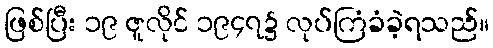
ဖြစ်ပြီး ၁၉ ဇူလိုင် ၁၉၄၇၌ လုပ်ကြံခံခဲ့ရသည်။